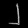
Digit: ၂